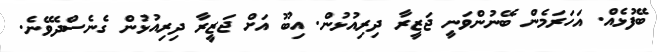
ބޭފުޅެއް. އަހަރަމެން ބޭނުންވަނީ ޖަޒީރާ ދިރިއުޅުން. އިބޫ އަށް ޖަޒީރާ ދިރިއުޅުން ގެނެސްދެވޭނެ.